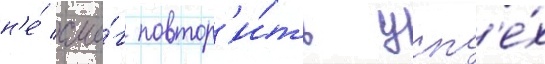
н'е́ смо́г повтор'и́ть усп'е́х